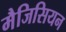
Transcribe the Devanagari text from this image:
मैजिसियन